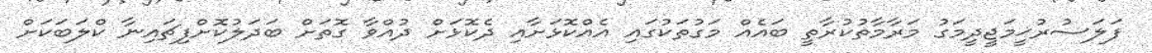
ފަލަސުރުޚީމަޖީދީމަގު މަރާމާތުކުރާތީ ބައެއް މަގުތަކުގައި އެއްކޮޅަށާއި ދެކޮޅަށް ދުއްވާ ގޮތަށް ބަދަލުކޮށްފިޗައިނާ ކްލަބަކަށް